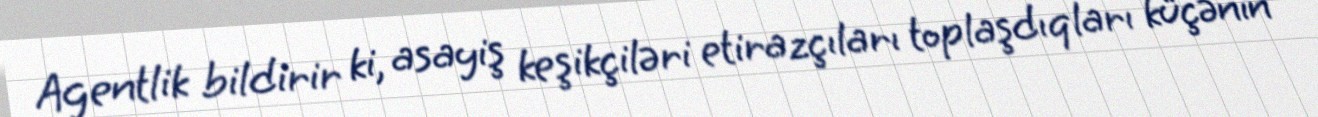
Agentlik bildirir ki, asayiş keşikçiləri etirazçıları toplaşdıqları küçənin